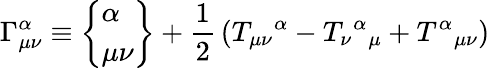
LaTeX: \Gamma_{\mu\nu}^{\alpha}\equiv\left\{ \begin{array}{l}{{\alpha}}\\ {{\mu\nu}}\end{array}\right\} +{\frac{1}{2}}\left(T_{\mu\nu}{}^{\alpha}-T_{\nu}{}^{\alpha}{}_{\mu}+T^{\alpha}{}_{\mu\nu}\right)